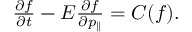
\begin{array} { r } { \frac { \partial f } { \partial t } - E \frac { \partial f } { \partial p _ { \parallel } } = C ( f ) . } \end{array}